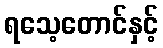
ရသေ့တောင်နှင့်